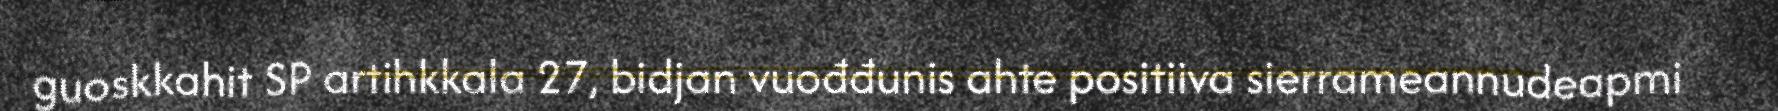
guoskkahit SP artihkkala 27, bidjan vuođđunis ahte positiiva sierrameannudeapmi